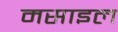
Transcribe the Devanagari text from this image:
मसाइल